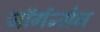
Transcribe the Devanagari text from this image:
जॉर्गन्सेन